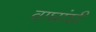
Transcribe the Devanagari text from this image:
वाघांशी